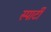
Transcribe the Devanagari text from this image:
स्पार्टी